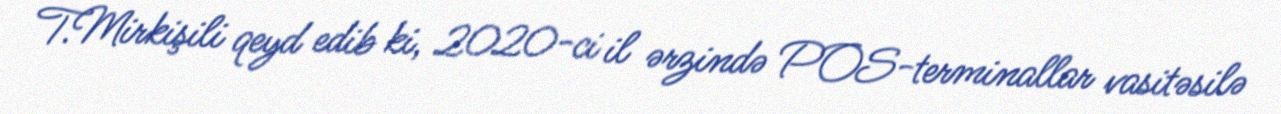
T.Mirkişili qeyd edib ki, 2020-ci il ərzində POS-terminallar vasitəsilə